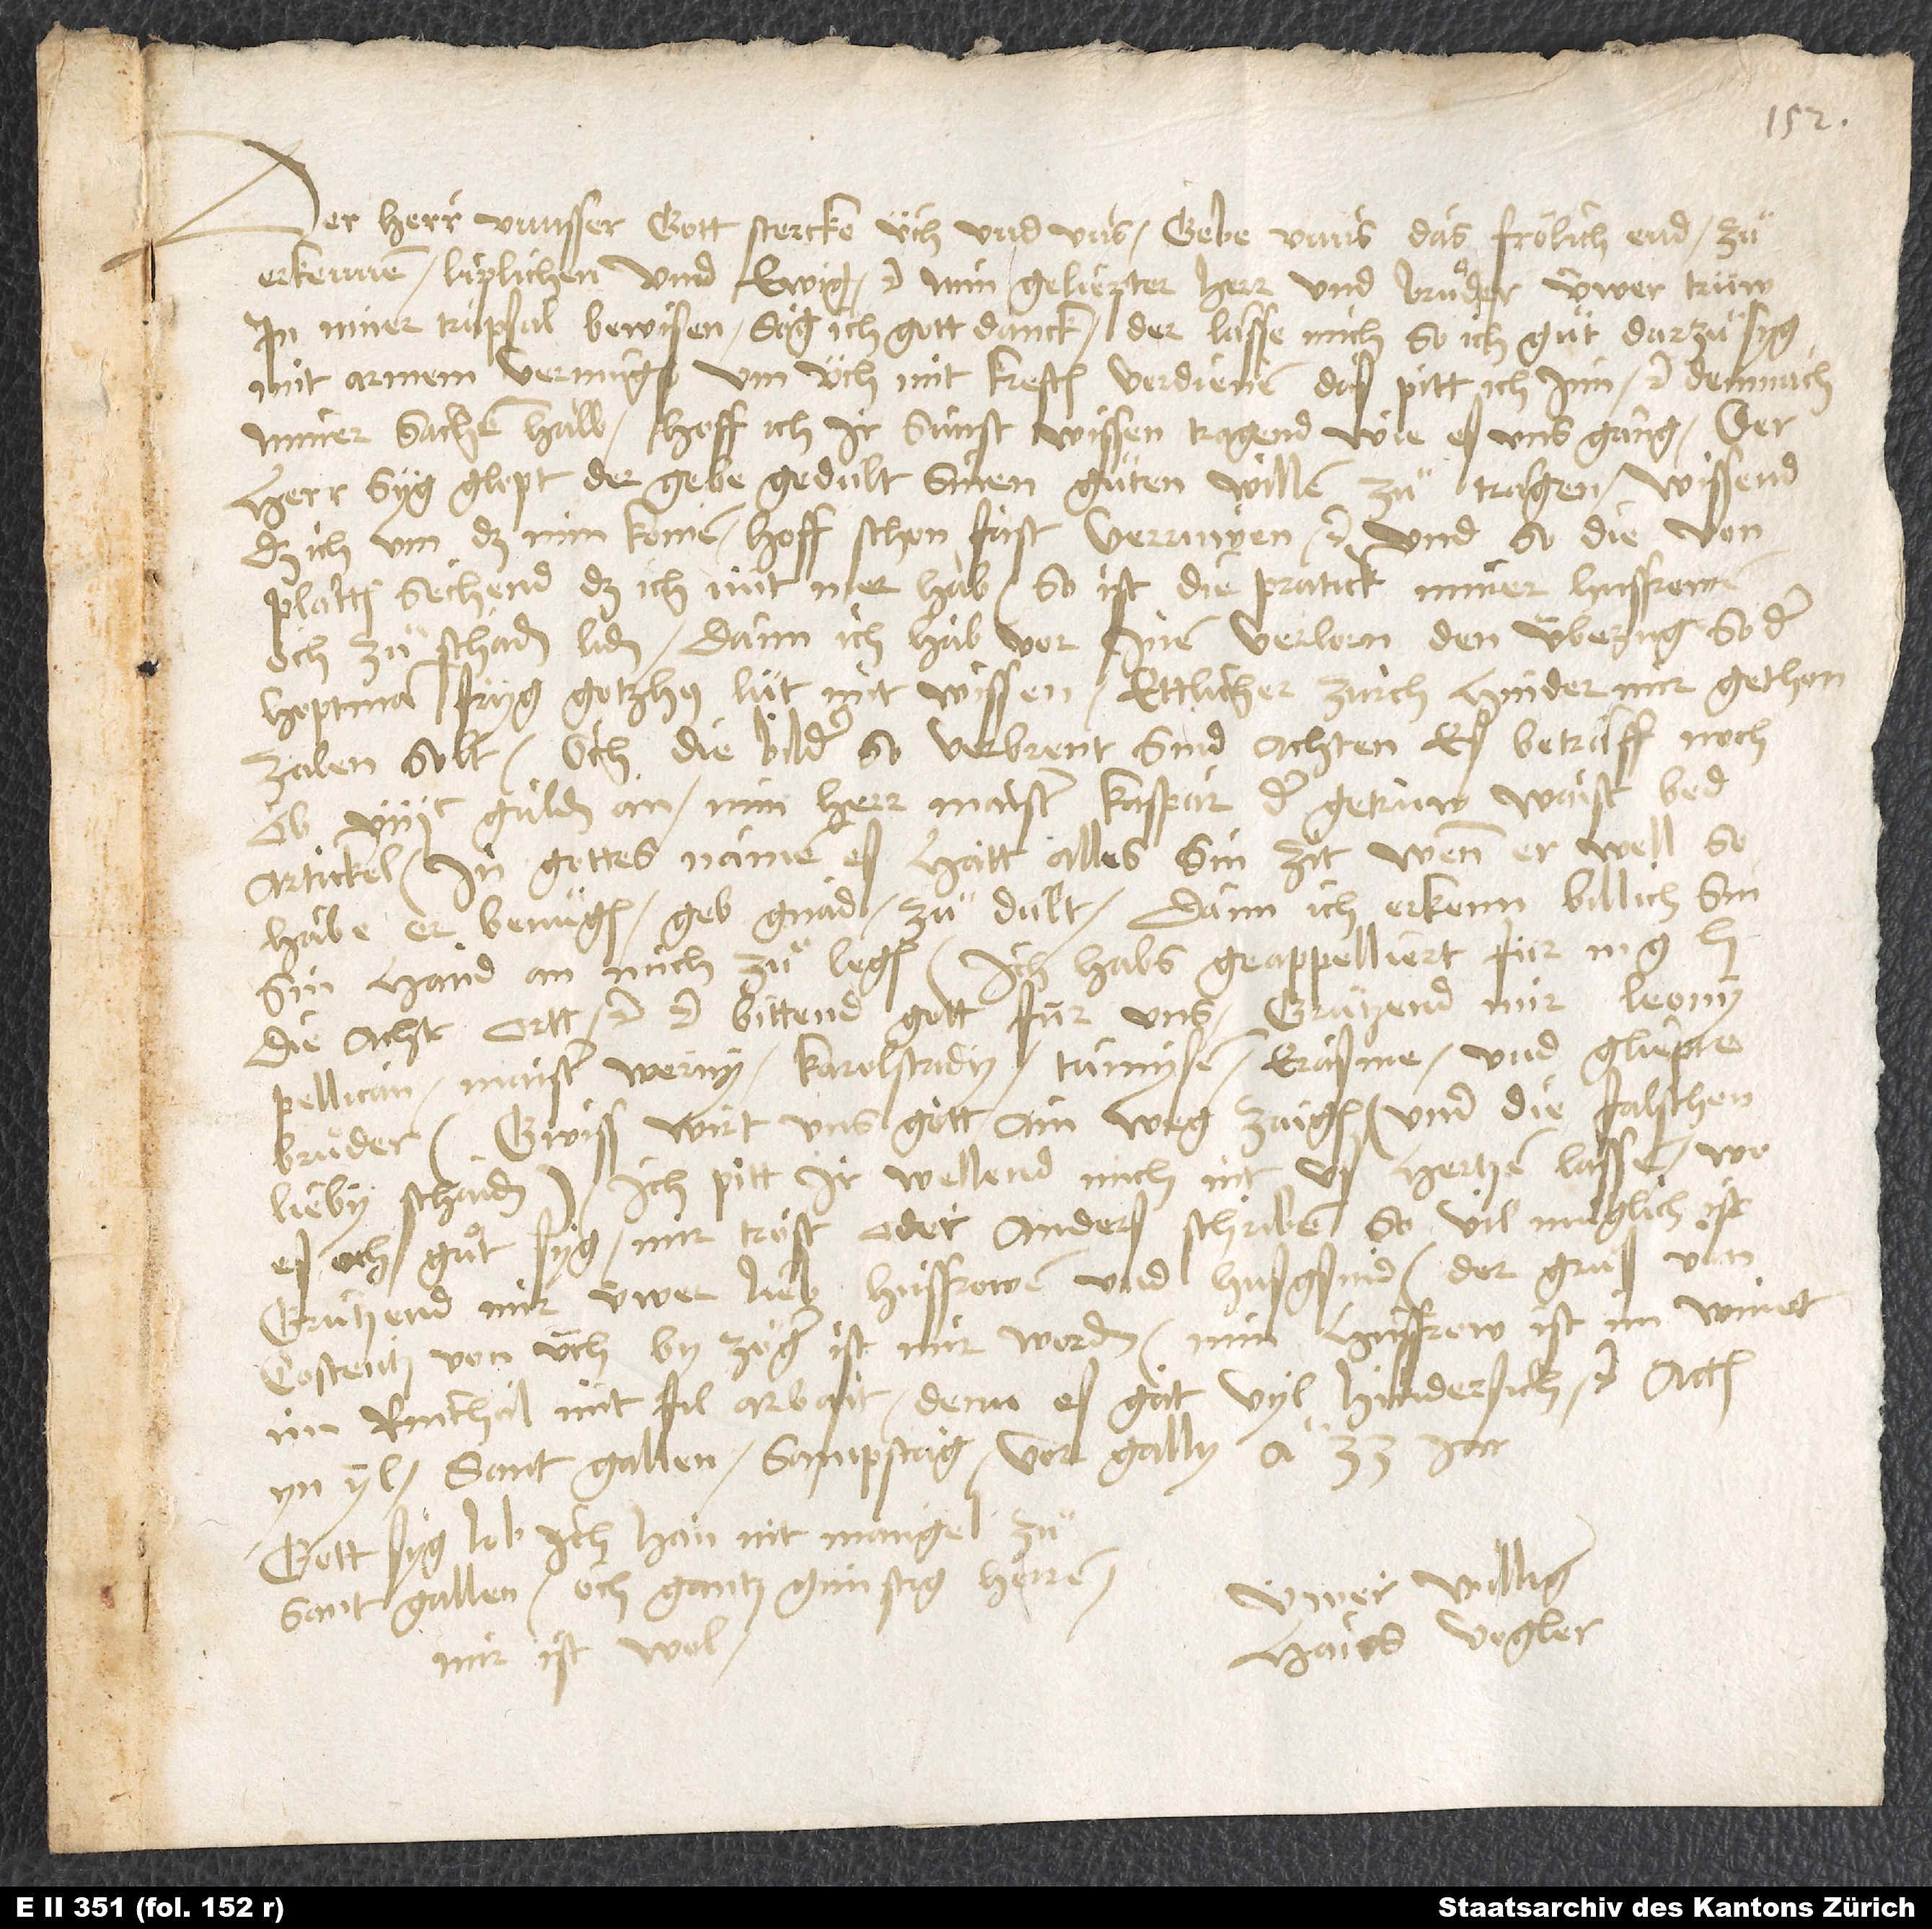
Der herr unnsser gott stercke üch und uns, gebe unns das frölich end zuͦ
erkennen liplichen und ewig etc. Min geliepter herr und bruͦder, üwer trüw,
in miner trüpsal bewisen, sag ich gott danck, der lasse mich, so ich gat darzuͦ syg,
mit armem vermügen um üch mit kreften verdienend, das pitt ich inn etc. Demnach
miner sachen halb hoff ich, ir sunst wissen tragend, wie es uns gang. Der
herr syg glopt, der gebe gedult, sinen guͦten willen zuͦ tragen. Wissend,
daß ich um das min komen, hoff schon fast verruwen etc. Und so die von
Platten sechend, daß ich nüt mer hab, so ist die pratick, miner husfrowen
och zuͦ schaden liden. Dann ich hab vor inen verlorn, den überzüg, so der
hoptman Fryg gotzhuslüt mit wissen ettlicher Zürch hinder mir gethon,
zalen selt. Och die bilder, so verbrent sind; achten, es beträff noch
ob 800 gulden an. Min herr maister Kaspar, der getrüw, waist bed
artickel. In gottes namen, es hatt alles sin zit. Wenn er well, so
habe er benuͤgen, geb gnad zuͦ dult, dann ich erkenn billich, sin
hand an mich zuͦ legen. Ich habs geappelliert für m
die acht ortt etc. etc. Bittend gott für uns. Grützend mir Leony,
Pellican, Maister Werny, Karolstady, Tumysen, Erasme und gliepte
bruͤder. Gwiss wirt uns gott ain weg zaigen und die falschen
lieby schaiden. Ich pitt, ir wellend mich nit us hertzen lassen, wo
es och guͦt syg, mir trost oder anders schriben, so vil müglich ist.
Grützend mir üwer lieb husfrowen und husgsind. Der gruß von
Costentz von üch, by zöger, ist mir worden. Min husfrow ist im wimet
im Rinthal mit fil arbait, denn es gat vyl hindersich etc. Actum
in yl, Sant Gallen, sampstag vor Gally anno 33 jar.
Gott syg lob, ich han nit mangel zuͦ
Sant Gallen, och gantz günstig herren;
Hans Vogler.
mir ist wol.